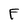
Character: F